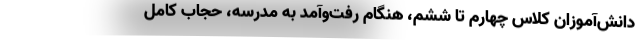
دانش‌آموزان کلاس چهارم تا ششم، هنگام رفت‌وآمد به مدرسه، حجاب کامل